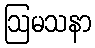
ဩမသနာ